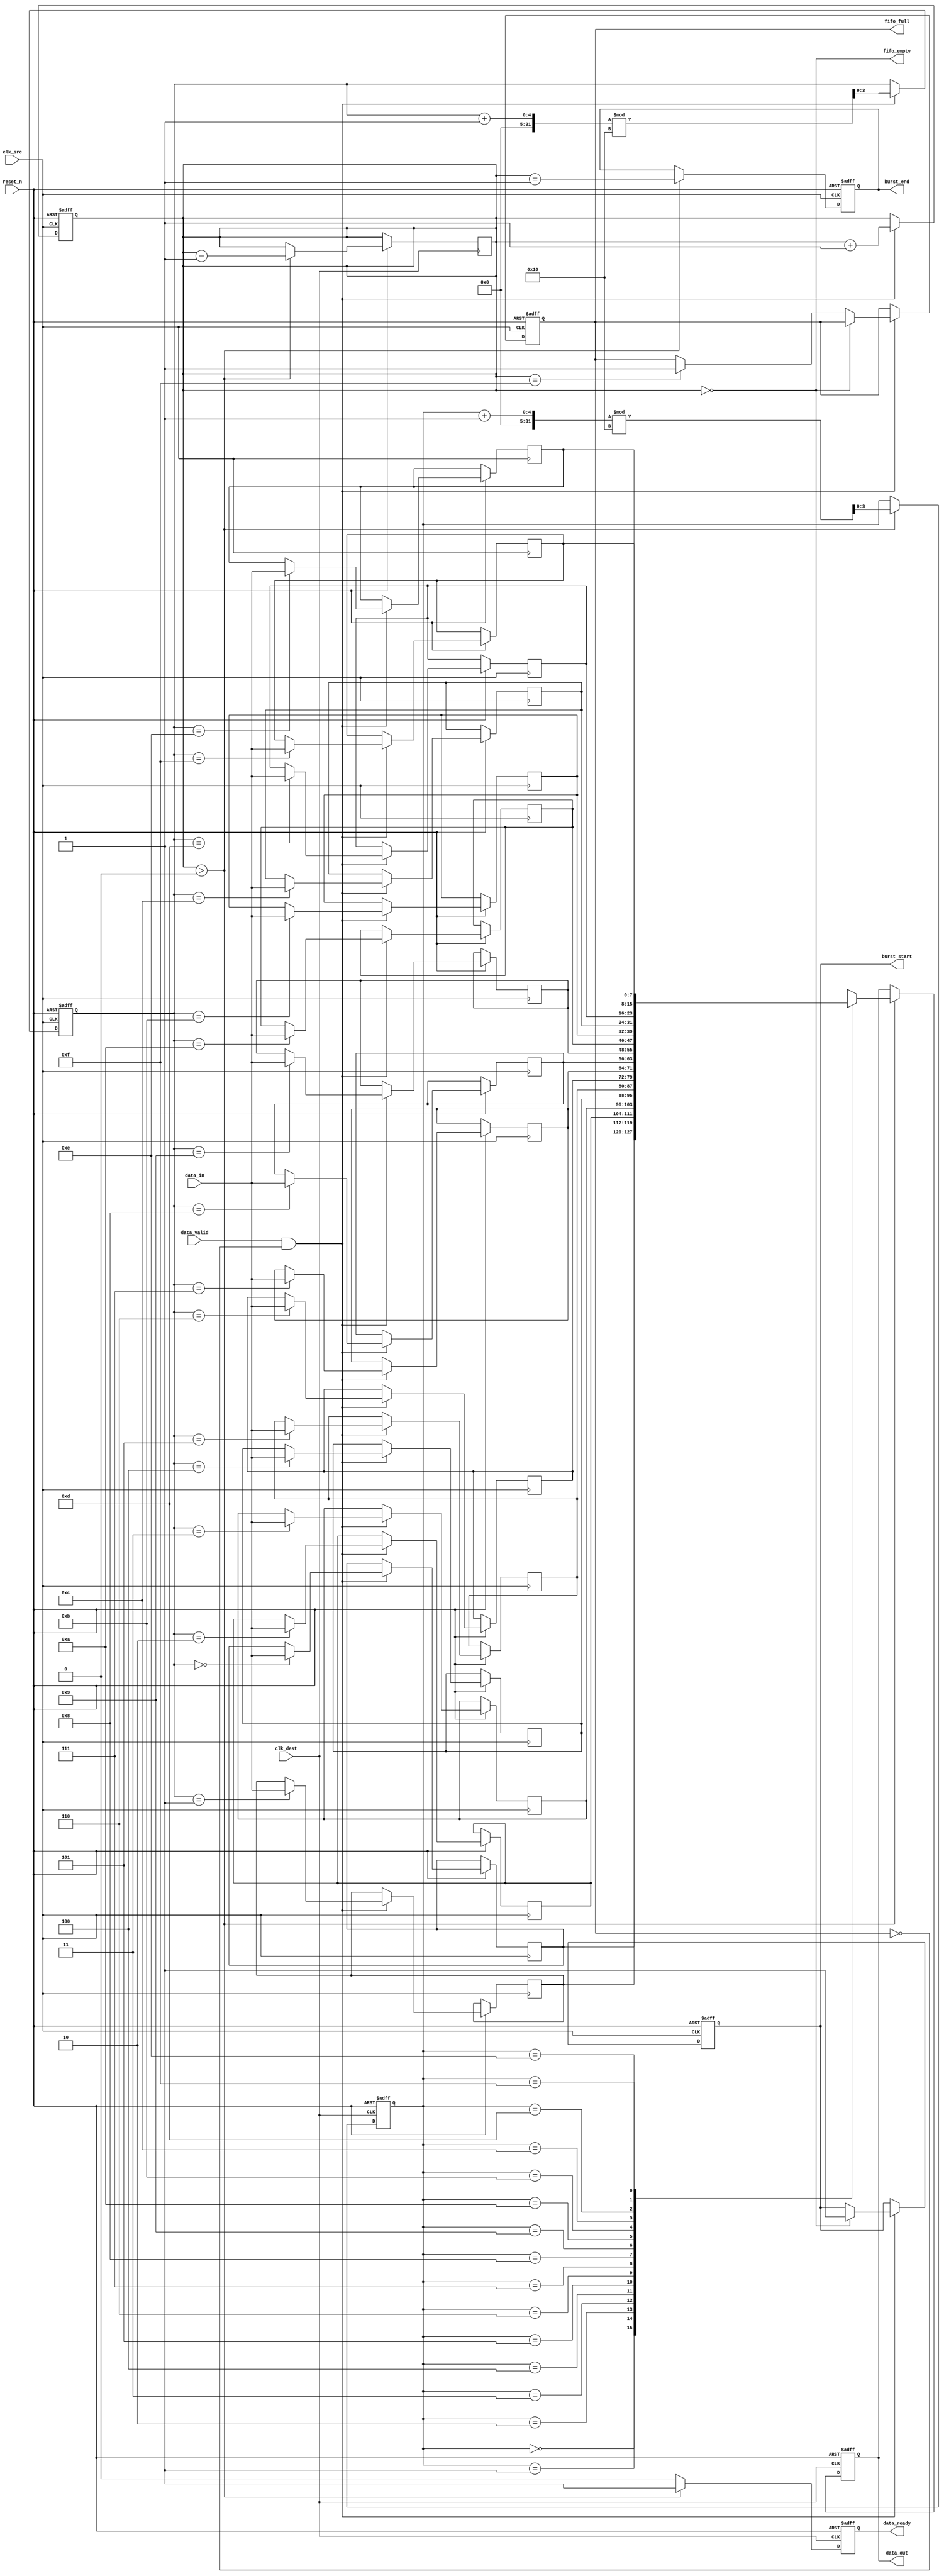
module burst_mode_synchronizer #(
    parameter DATA_WIDTH = 8,
    parameter FIFO_DEPTH = 16
)(
    input wire clk_src,         // Source clock
    input wire clk_dest,        // Destination clock
    input wire reset_n,         // Active low reset
    input wire [DATA_WIDTH-1:0] data_in,  // Data input from source
    input wire data_valid,      // Data valid signal from source
    output reg [DATA_WIDTH-1:0] data_out, // Data output to destination
    output reg data_ready,      // Data ready signal for destination
    output reg burst_start,      // Signal to indicate start of burst transfer
    output reg burst_end,        // Signal to indicate end of burst transfer
    output wire fifo_empty,      // FIFO empty status
    output wire fifo_full        // FIFO full status
);

// FIFO storage
reg [DATA_WIDTH-1:0] fifo [0:FIFO_DEPTH-1];
reg [3:0] write_ptr, read_ptr; // Pointers for FIFO
reg [4:0] fifo_count;           // Count of words in FIFO
reg fifo_full_reg, fifo_empty_reg;

// Synchronization registers
reg [DATA_WIDTH-1:0] sync_data;
reg data_valid_sync;
reg fifo_read_enable;

// Handshaking signals
reg data_read_enable;

// Write logic
always @(posedge clk_src or negedge reset_n) begin
    if (!reset_n) begin
        write_ptr <= 0;
        fifo_count <= 0;
        fifo_full_reg <= 1'b0;
        burst_start <= 1'b0;
        burst_end <= 1'b0;
    end else begin
        if (data_valid && !fifo_full_reg) begin
            fifo[write_ptr] <= data_in;        // Write data to FIFO
            write_ptr <= (write_ptr + 1) % FIFO_DEPTH;  // Update write pointer
            fifo_count <= fifo_count + 1;      // Increment FIFO count

            if (fifo_count == 0) begin
                burst_start <= 1'b1;           // Start of a new burst
            end else if (fifo_count == FIFO_DEPTH - 1) begin
                fifo_full_reg <= 1'b1;          // FIFO is full
            end
        end

        if (fifo_count > 0) begin
            burst_end <= (fifo_count == 1);     // End of burst detected
        end
    end
end

// Read logic
always @(posedge clk_dest or negedge reset_n) begin
    if (!reset_n) begin
        read_ptr <= 0;
        fifo_empty_reg <= 1'b1;
        data_ready <= 1'b0;
        data_out <= 0;
    end else begin
        if (fifo_count > 0) begin
            data_out <= fifo[read_ptr];       // Read data from FIFO
            data_ready <= 1'b1;               // Data is ready
            read_ptr <= (read_ptr + 1) % FIFO_DEPTH; // Update read pointer
            fifo_count <= fifo_count - 1;      // Decrement FIFO count

            if (fifo_count == 1) begin
                fifo_empty_reg <= 1'b1;        // If only one data left
            end
        end else begin
            data_ready <= 1'b0;                // Data not ready
            fifo_empty_reg <= 1'b0;            // FIFO is empty
        end
    end
end

assign fifo_empty = (fifo_count == 0); // Assign FIFO empty flag
assign fifo_full = fifo_full_reg;       // Assign FIFO full flag

// Synchronization for data valid
always @(posedge clk_dest or negedge reset_n) begin
    if (!reset_n) begin
        data_valid_sync <= 1'b0;
    end else begin
        data_valid_sync <= data_valid;      // Synchronize data valid signal
    end
end

endmodule